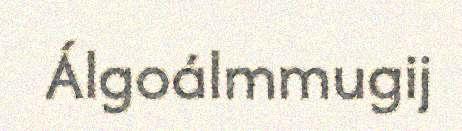
Álgoálmmugij